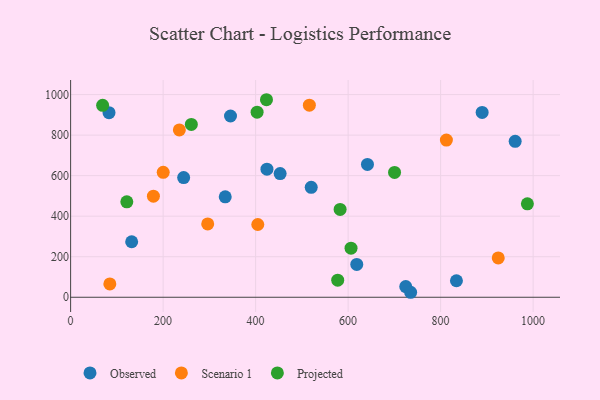
{"axis": {"x": "Experience", "y": "Rating"}, "legend": ["Observed", "Projected", "Scenario 1"], "data": [{"x": "453.0", "y": 610.3, "type": "Observed"}, {"x": "345.7", "y": 894.2, "type": "Observed"}, {"x": "334.3", "y": 495.3, "type": "Observed"}, {"x": "961.2", "y": 769.4, "type": "Observed"}, {"x": "132.0", "y": 273.9, "type": "Observed"}, {"x": "424.5", "y": 632.0, "type": "Observed"}, {"x": "83.0", "y": 910.9, "type": "Observed"}, {"x": "724.6", "y": 52.6, "type": "Observed"}, {"x": "641.8", "y": 655.6, "type": "Observed"}, {"x": "834.2", "y": 81.5, "type": "Observed"}, {"x": "244.4", "y": 590.6, "type": "Observed"}, {"x": "520.2", "y": 542.3, "type": "Observed"}, {"x": "735.2", "y": 24.6, "type": "Observed"}, {"x": "889.8", "y": 912.1, "type": "Observed"}, {"x": "618.7", "y": 161.9, "type": "Observed"}, {"x": "296.4", "y": 361.8, "type": "Scenario 1"}, {"x": "924.6", "y": 194.3, "type": "Scenario 1"}, {"x": "235.1", "y": 825.5, "type": "Scenario 1"}, {"x": "404.7", "y": 358.9, "type": "Scenario 1"}, {"x": "84.8", "y": 66.0, "type": "Scenario 1"}, {"x": "179.0", "y": 498.9, "type": "Scenario 1"}, {"x": "200.2", "y": 616.3, "type": "Scenario 1"}, {"x": "516.2", "y": 947.8, "type": "Scenario 1"}, {"x": "812.5", "y": 775.3, "type": "Scenario 1"}, {"x": "606.3", "y": 242.0, "type": "Projected"}, {"x": "987.6", "y": 461.1, "type": "Projected"}, {"x": "69.2", "y": 947.1, "type": "Projected"}, {"x": "700.4", "y": 616.0, "type": "Projected"}, {"x": "577.5", "y": 84.1, "type": "Projected"}, {"x": "261.0", "y": 852.5, "type": "Projected"}, {"x": "423.5", "y": 974.6, "type": "Projected"}, {"x": "582.7", "y": 433.5, "type": "Projected"}, {"x": "121.5", "y": 471.1, "type": "Projected"}, {"x": "403.2", "y": 913.3, "type": "Projected"}]}